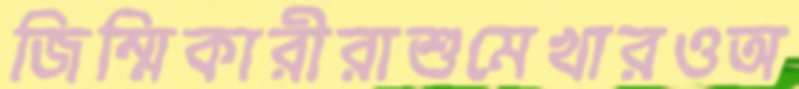
জিম্মিকারীরাশুমেখারওঅ